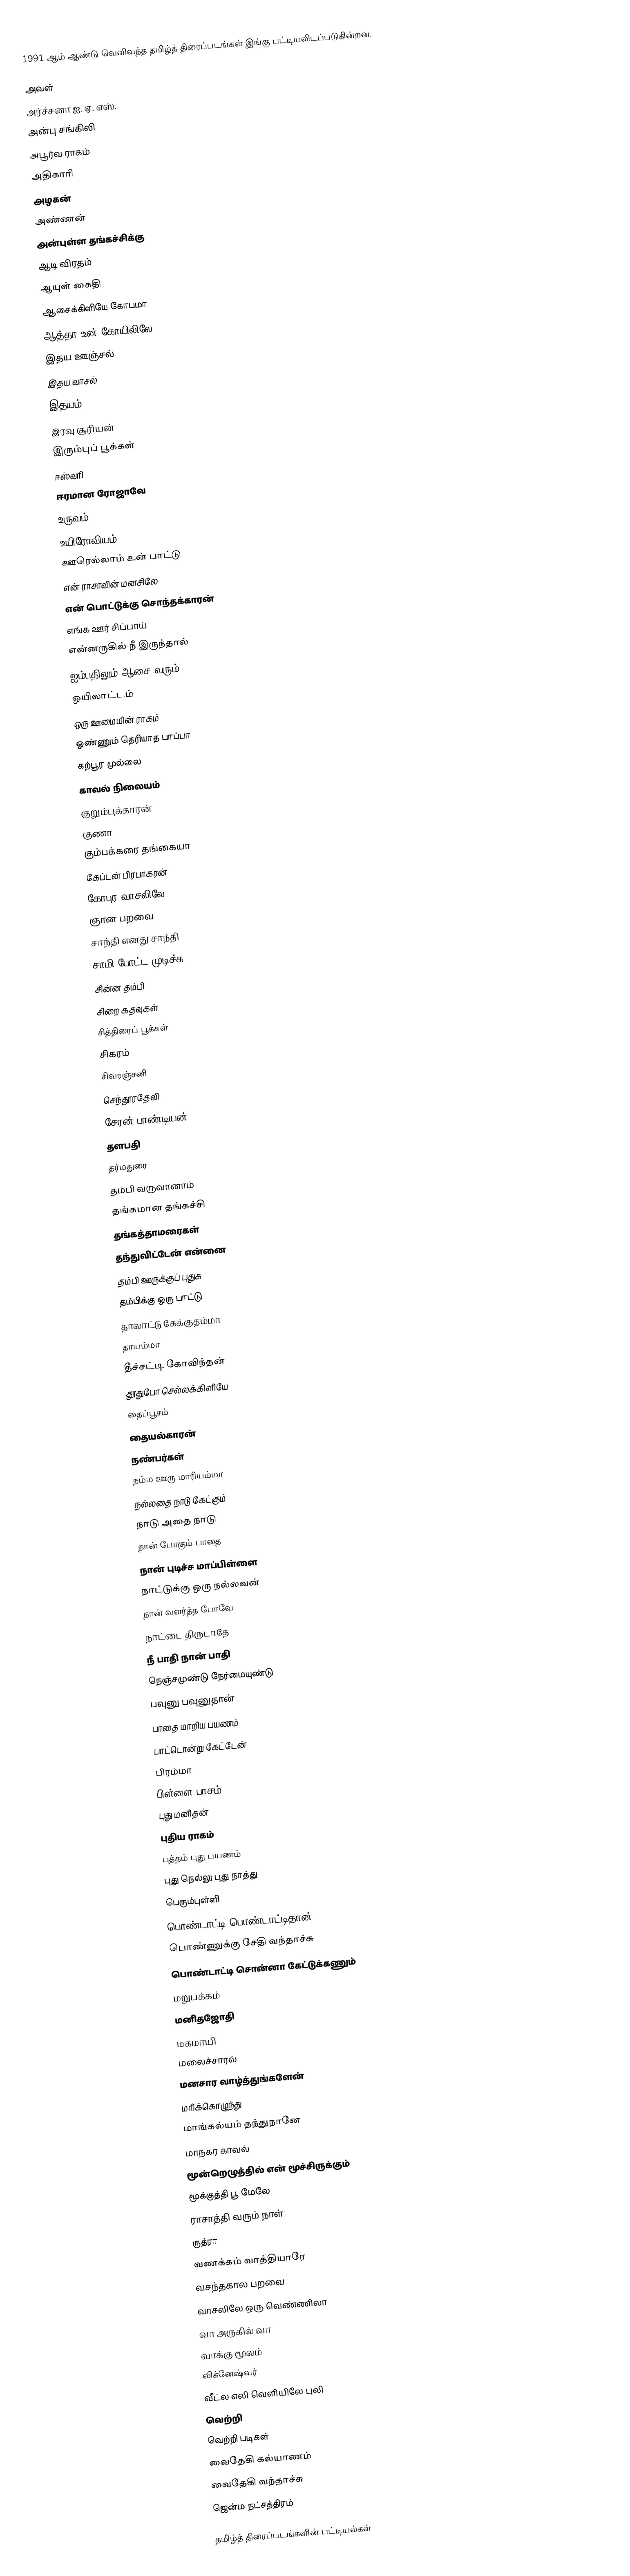
1991 ஆம் ஆண்டு வெளிவந்த தமிழ்த் திரைப்படங்கள் இங்கு பட்டியலிடப்படுகின்றன.

அவள்
அர்ச்சனா ஐ. ஏ. எஸ்.
அன்பு சங்கிலி
அபூர்வ ராகம்
அதிகாரி
அழகன்
அண்ணன்
அன்புள்ள தங்கச்சிக்கு
ஆடி விரதம்
ஆயுள் கைதி
ஆசைக்கிளியே கோபமா
ஆத்தா உன் கோயிலிலே
இதய ஊஞ்சல்
இதய வாசல்
இதயம்
இரவு சூரியன்
இரும்புப் பூக்கள்
ஈஸ்வரி
ஈரமான ரோஜாவே
உருவம்
உயிரோவியம்
ஊரெல்லாம் உன் பாட்டு
என் ராசாவின் மனசிலே
என் பொட்டுக்கு சொந்தக்காரன்
எங்க ஊர் சிப்பாய்
என்னருகில் நீ இருந்தால்
ஐம்பதிலும் ஆசை வரும்
ஒயிலாட்டம்
ஒரு ஊமையின் ராகம்
ஒண்ணும் தெரியாத பாப்பா
கற்பூர முல்லை
காவல் நிலையம்
குறும்புக்காரன்
குணா
கும்பக்கரை தங்கையா
கேப்டன் பிரபாகரன்
கோபுர வாசலிலே
ஞான பறவை
சாந்தி எனது சாந்தி
சாமி போட்ட முடிச்சு
சின்ன தம்பி
சிறை கதவுகள்
சித்திரைப் பூக்கள்
சிகரம்
சிவரஞ்சனி
செந்தூரதேவி
சேரன் பாண்டியன்
தளபதி
தர்மதுரை
தம்பி வருவானாம்
தங்கமான தங்கச்சி
தங்கத்தாமரைகள்
தந்துவிட்டேன் என்னை
தம்பி ஊருக்குப் புதுசு
தம்பிக்கு ஒரு பாட்டு
தாலாட்டு கேக்குதம்மா
தாயம்மா
தீச்சட்டி கோவிந்தன்
தூதுபோ செல்லக்கிளியே
தைப்பூசம்
தையல்காரன்
நண்பர்கள்
நம்ம ஊரு மாரியம்மா
நல்லதை நாடு கேட்கும்
நாடு அதை நாடு
நான் போகும் பாதை
நான் புடிச்ச மாப்பிள்ளை
நாட்டுக்கு ஒரு நல்லவன்
நான் வளர்த்த போவே
நாட்டை திருடாதே
நீ பாதி நான் பாதி
நெஞ்சமுண்டு நேர்மையுண்டு
பவுனு பவுனுதான்
பாதை மாறிய பயணம்
பாட்டொன்று கேட்டேன்
பிரம்மா
பிள்ளை பாசம்
புது மனிதன்
புதிய ராகம்
புத்தம் புது பயணம்
புது நெல்லு புது நாத்து
பெரும்புள்ளி
பொண்டாட்டி பொண்டாட்டிதான்
பொண்ணுக்கு சேதி வந்தாச்சு
பொண்டாட்டி சொன்னா கேட்டுக்கணும்
மறுபக்கம்
மனிதஜோதி
மகமாயி
மலைச்சாரல்
மனசார வாழ்த்துங்களேன்
மரிக்கொழுந்து
மாங்கல்யம் தந்துநானே
மாநகர காவல்
மூன்றெழுத்தில் என் மூச்சிருக்கும்
மூக்குத்தி பூ மேலே
ராசாத்தி வரும் நாள்
ருத்ரா
வணக்கம் வாத்தியாரே
வசந்தகால பறவை
வாசலிலே ஒரு வெண்ணிலா
வா அருகில் வா
வாக்கு மூலம்
விக்னேஷ்வர்
வீட்ல எலி வெளியிலே புலி
வெற்றி
வெற்றி படிகள்
வைதேகி கல்யாணம்
வைதேகி வந்தாச்சு
ஜென்ம நட்சத்திரம்

தமிழ்த் திரைப்படங்களின் பட்டியல்கள்